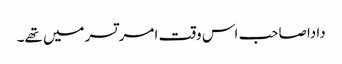
دادا صاحب اس وقت امر تسر میں تھے۔